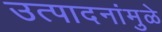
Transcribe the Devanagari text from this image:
उत्पादनांमुळे